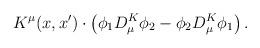
LaTeX: \begin{align*}K^\mu(x,x') \cdot \left( \phi_1 D^K_\mu \phi_2 - \phi_2 D^K_\mu \phi_1\right).\end{align*}